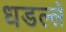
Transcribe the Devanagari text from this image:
धडल्लें